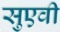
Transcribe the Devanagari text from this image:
सुएवी